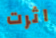
اثرت